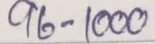
96 - 1000